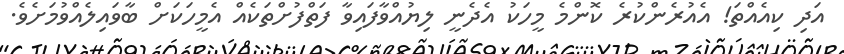
އަދި ކިއެއްތަ! އެއުރެންކުރެ ކޮންމެ މީހަކު އެދެނީ ލިޔުއްވާފައިވާ ފަތްފުށްތަކެއް އެމީހަކަށް ބާވައިލެއްވުމަށެވެ.